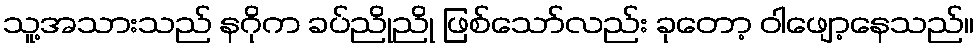
သူ့အသားသည် နဂိုက ခပ်ညိုညို ဖြစ်သော်လည်း ခုတော့ ဝါဖျော့နေသည်။